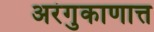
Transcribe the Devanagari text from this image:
अरंगुकाणात्त